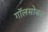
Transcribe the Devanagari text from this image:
गॉलसोबत